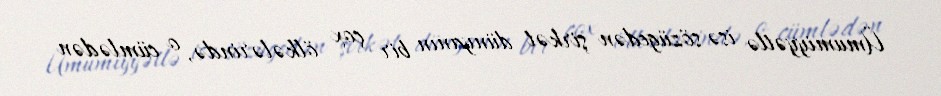
Ümumiyyətlə isə sözügedən şirkət dünyanın bir çox ölkələrində, o cümlədən